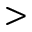
>